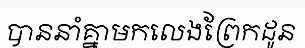
បាននាំគ្នាមកលេងព្រែកដូន